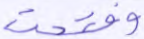
وفتحت